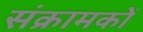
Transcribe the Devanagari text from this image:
संक्रामकों